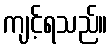
ကျင့်ရသည်။